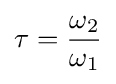
\tau ={\frac {\omega _{2}}{\omega _{1}}}